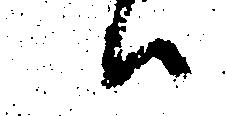
ハ